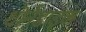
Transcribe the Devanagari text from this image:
थोर्नडाइक